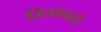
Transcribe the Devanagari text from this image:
तिलकधारी